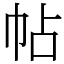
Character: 帖